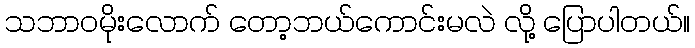
သဘာဝမိုးလောက် တော့ဘယ်ကောင်းမလဲ လို့ ပြောပါတယ်။